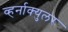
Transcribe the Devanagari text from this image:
व्हर्नाक्‍युलर